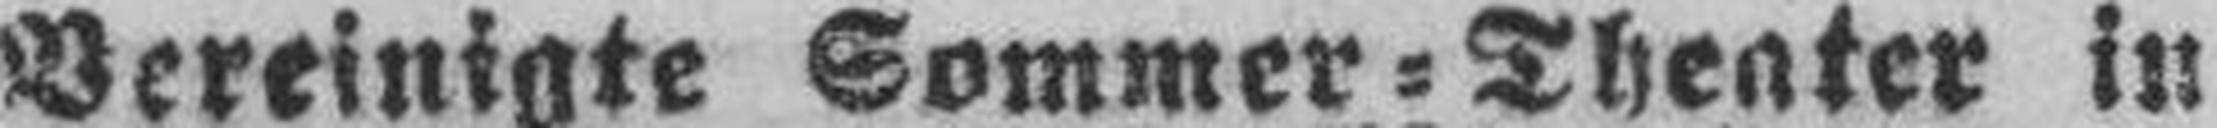
Vereinigte Sommer=Theater in